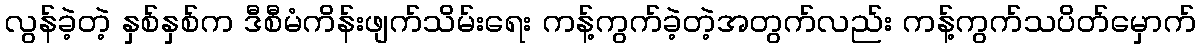
လွန်ခဲ့တဲ့ နှစ်နှစ်က ဒီစီမံကိန်းဖျက်သိမ်းရေး ကန့်ကွက်ခဲ့တဲ့အတွက်လည်း ကန့်ကွက်သပိတ်မှောက်